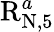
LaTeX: \mathrm{R}_{\mathrm{N},5}^{a}